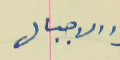
الاجيال